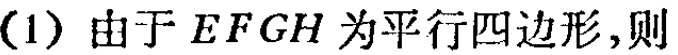
(1) 由于 \(EFGH\) 为平行四边形,则